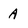
Character: A